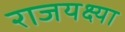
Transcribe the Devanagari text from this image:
राजयक्ष्या